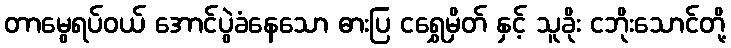
တာမွေရပ်ဝယ် အောင်ပွဲခံနေသော ဓားပြ ငရွှေမှိတ် နှင့် သူခိုး ငဘိုးသောင်တို့